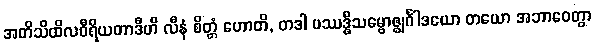
အတိသိထိလဝီရိယတာဒီဟိ လီနံ စိတ္တံ ဟောတိ, တဒါ ပဿဒ္ဓိသမ္ဗောဇ္ဈင်္ဂါဒယော တယော အဘာဝေတွာ